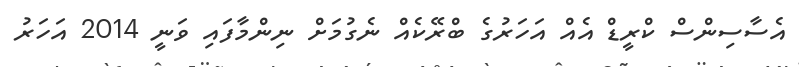
އެސާސިންސް ކްރީޑް އެއް އަހަރުގެ ބްރޭކެއް ނެގުމަށް ނިންމާފައި ވަނީ 2014 އަހަރު